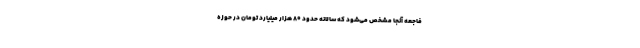
فاجعه آنجا مشخص می‌شود که سالانه حدود ۸۰ هزار میلیارد تومان در حوزه